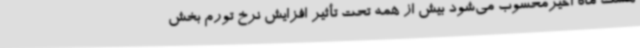
هشت ماه اخیرمحسوب می‌شود بیش از همه تحت تأثیر افزایش نرخ تورم بخش